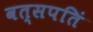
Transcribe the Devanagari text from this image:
वत्सपतिं